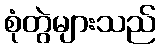
စုံတွဲများသည်